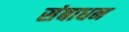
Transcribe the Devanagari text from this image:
संबाधन